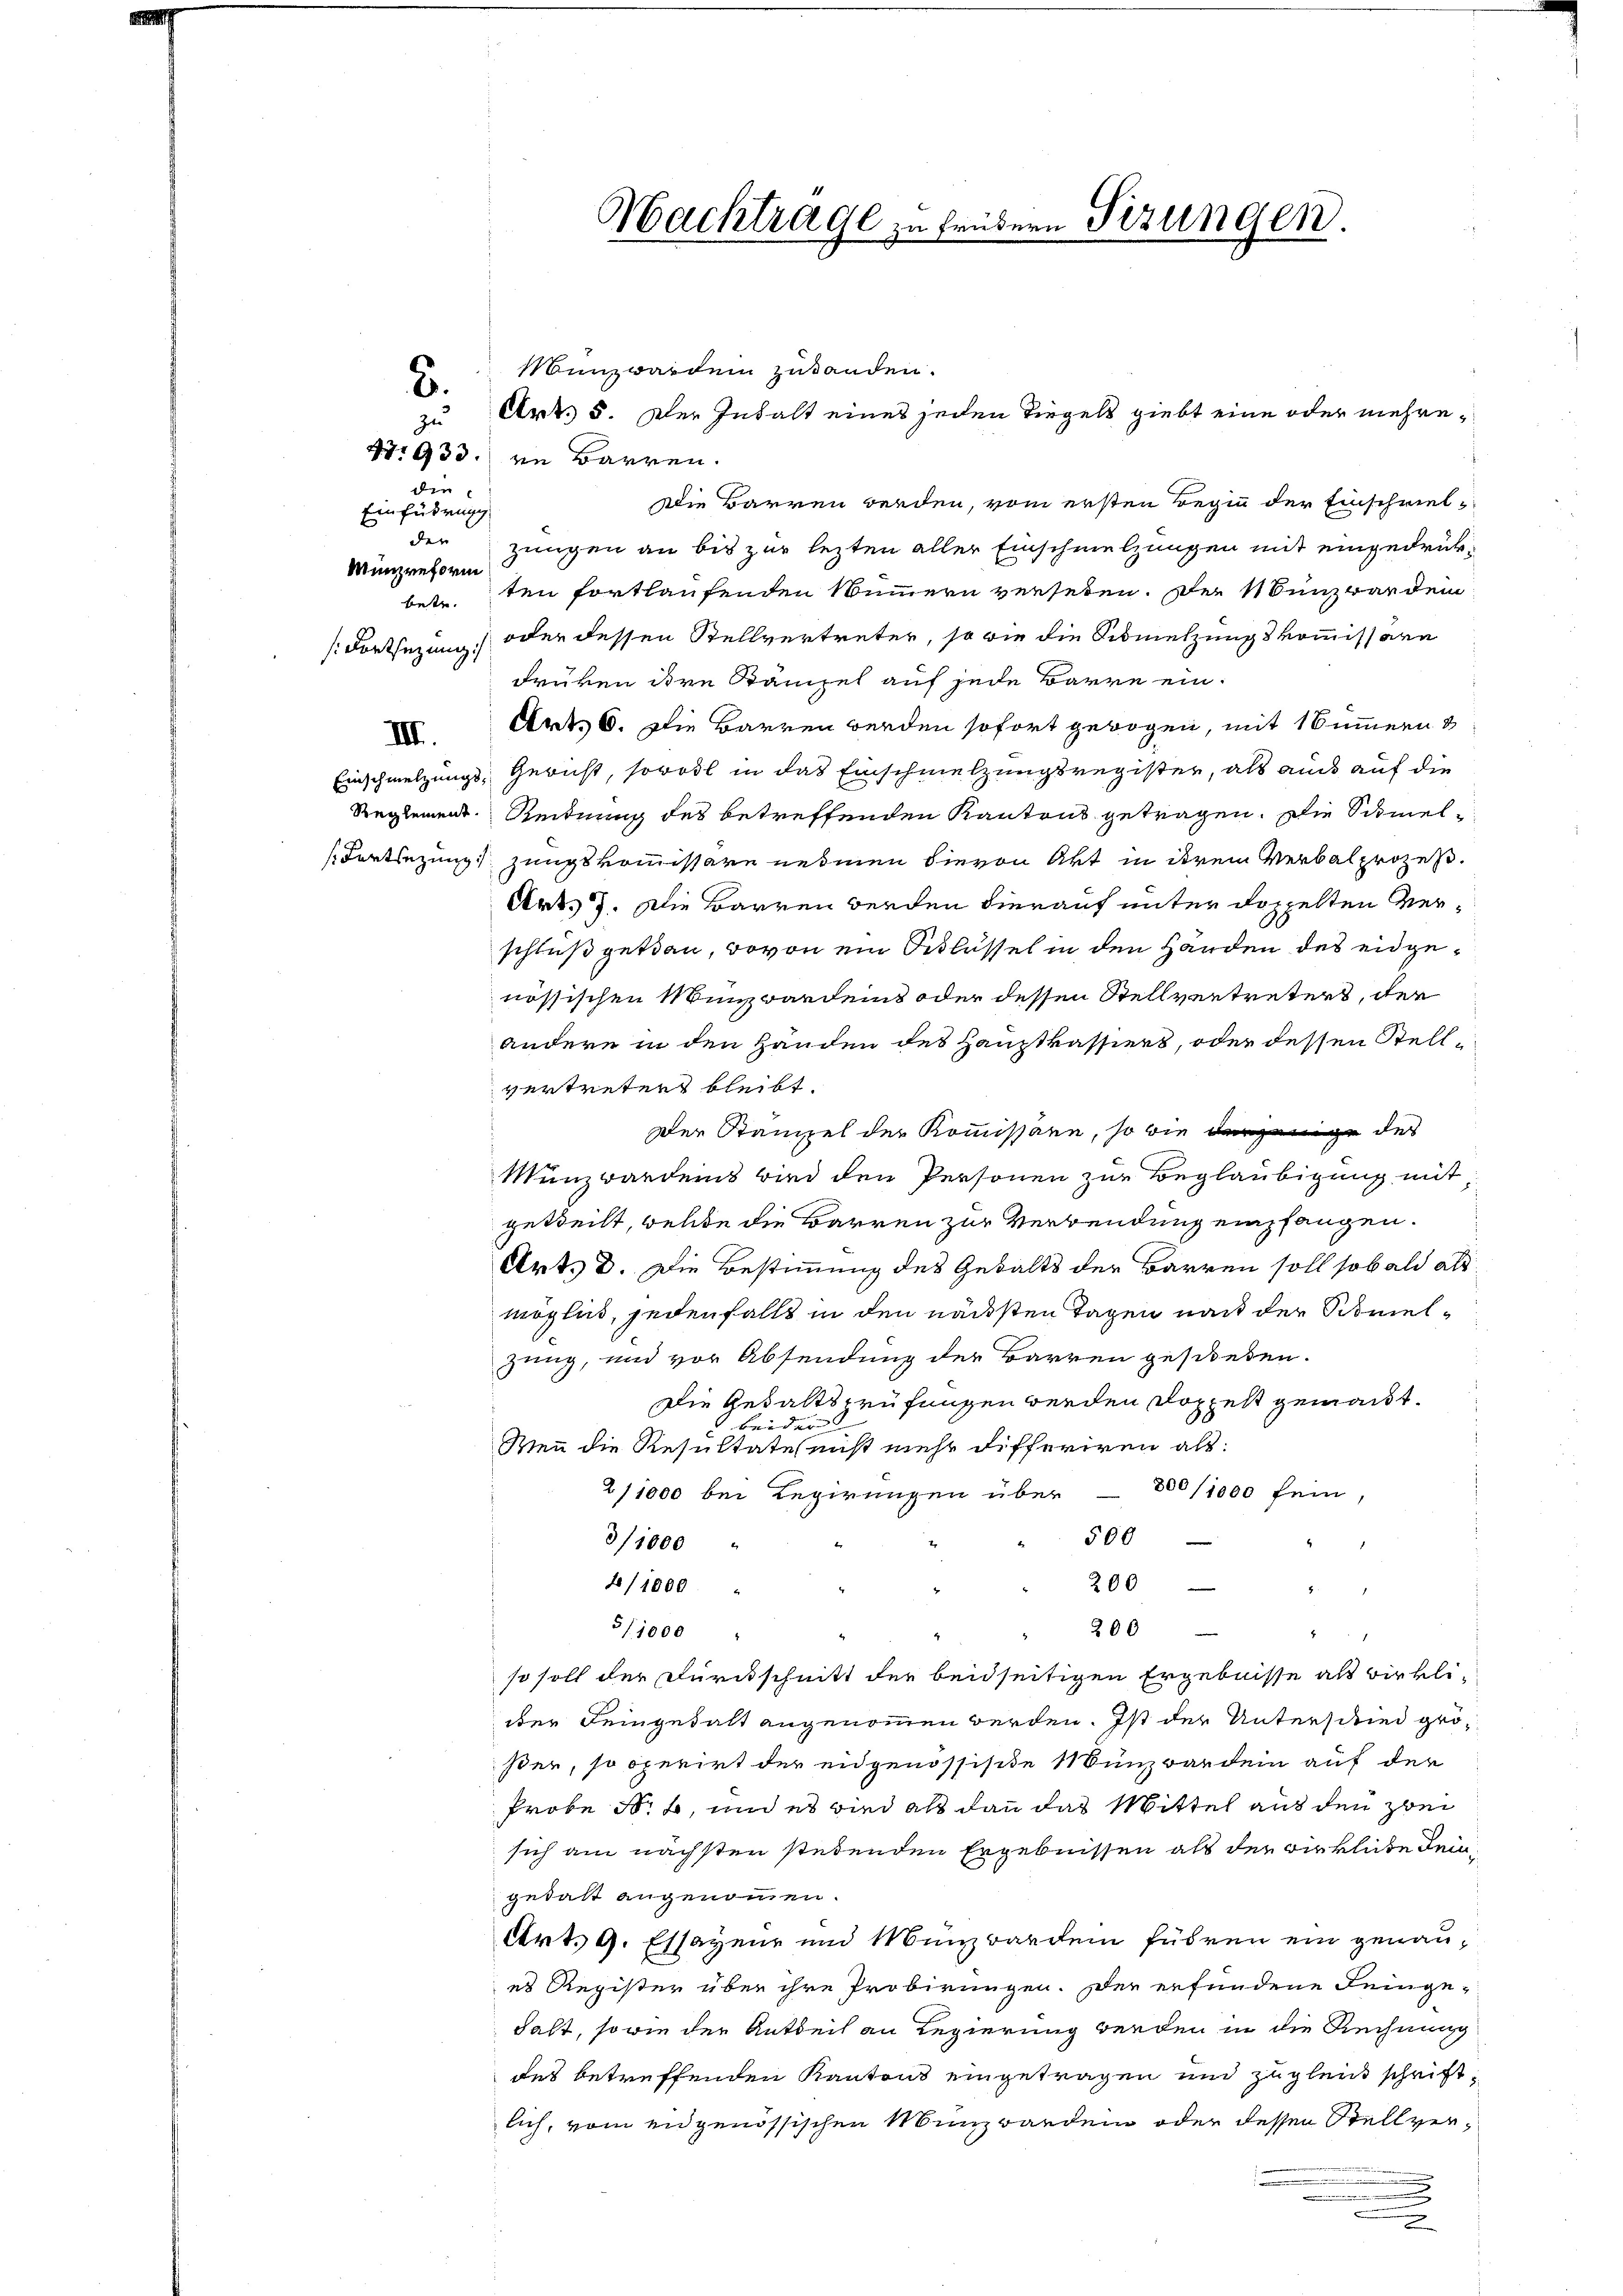
E
Münzreform
[Fortsezung

Münzwerden zutanden.
47933. in Barren.
Die Barren werden, vom ersten Beginn der Einschrieb¬
Zungen an bis zur lezten aller Einschmelzungen mit eingedrückbetr. ten fortlaufenden Nummern versehen. Der Münzwar dem
oder dessen Stellvertreter, so wie die Simetzungskommissarn
drüken ihre Stämpel auf jede Barre ein¬
XI Art. 6. Die Barren werden sofort gewogen, mit Summern &
Einschmelzungs-Gericht, sowohl in das Einschmelzungsregister, als auch auf die
Reglement. Reitung des betreffenden Kantons getragen. Die Schmel¬
(Fortsezung zungskommissäre nehmen hievon Akt in derem Verbalprozeß¬
Art. 3. Die Barren werden hierauf unter doppelten Verschluß getan, wovon ein Schlüssel in den Händen des eidgenössischen Münzbardeins oder dessen Stellvertreters, der
andere in den Handen des Hauptkassiers, oder dessen Stellvertretert bleibt.
Der Stampel der Kommissäre, so wie derjenige des
Münzbardens wird den Personen zur Beglaubigung mit
geteilt, welche die Barren zur Verwendung empfangen.
Art. d. Die Bestimmung des Gewalts der Barren soll sobald als
möglich, jedenfalls in den nächsten Tagen nach der Schnelzung, und vor Absendung der Barren geschieden.
Die Gewaltsprüfungen werden Doppelt gemacht.
Bruder
c
Wenn die Resultates nicht mehr differiren als:
211000 bei Regierungen über 500/1000 fein,
500
8/1000 "
4/1000
200
200
5/1000
i
so soll der Durchschnitt der beidseitigen Ergebnisse als wirkli-
iber Reingehalt angenommen werden. Ist der Unterschied größer, so operirt der eidgenössische Münzwar dein auf der
Probe Nr. 2, und es wird als dann das Mittel aus den zwei
sich am nächsten stehenden Ergebnissen als der wirkliche deingedant angenommen.
Art. 9. Essayene und Münzbardem führen ein genaues Register über ihre Probirungen. Der erfundene Feinge-
dalt, sowie der Anteil an Regierung werden in die Rechnung
des betreffenden Kantons eingetragen und zugleich schriftlich, vom eidgenössischen Münzbanden oder dessen Stellver¬
.

die

3.

zu
Einführung
der

Hachtrage zu frühern Sizungen.

Art. 5. Der Inhalt eines jeden Tiegels giebt eine oder mehre¬